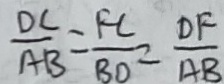
\frac { D C } { A B } = \frac { F C } { B D } = \frac { D F } { A B }